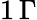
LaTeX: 1\, \Gamma